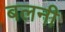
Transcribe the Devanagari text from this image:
बलनी